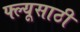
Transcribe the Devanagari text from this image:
फ्ल्यूसाठी